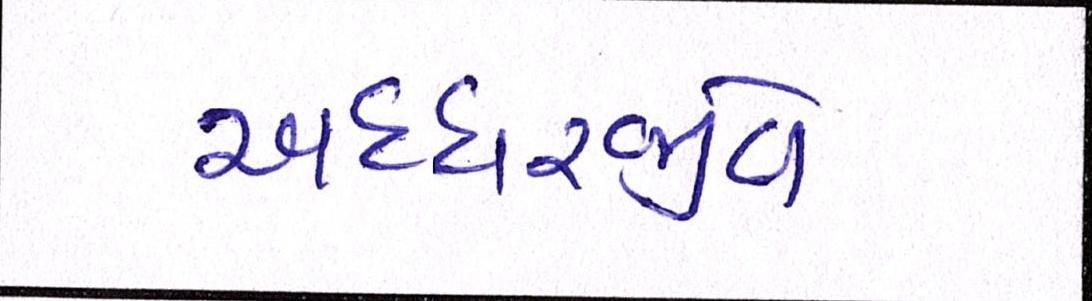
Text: અધ્ધરજીવે